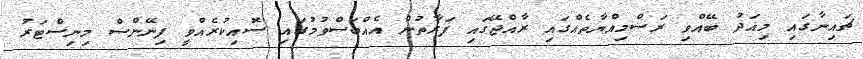
ޗައިނާގައި މިއަދު ބޭއްވި ރަސްމިއްޔާތެއްގައި ރާއްޖޭގައި ފަރާތުން އެއްބަސްވުމުގައި ސޮއިކުރެއްވީ ފިނޭންސް މިނިސްޓަރު